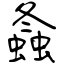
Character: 螽